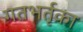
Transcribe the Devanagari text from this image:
गतभर्तृका